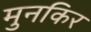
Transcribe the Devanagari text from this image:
मुनकिर